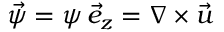
{ \vec { \psi } = \psi \, \vec { e } _ { z } = \nabla \times \vec { u } }